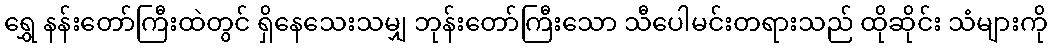
ရွှေ နန်းတော်ကြီးထဲတွင် ရှိနေသေးသမျှ ဘုန်းတော်ကြီးသော သီပေါမင်းတရားသည် ထိုဆိုင်း သံများကို